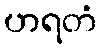
ဟရတံ